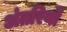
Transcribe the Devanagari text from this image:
अंतरियों